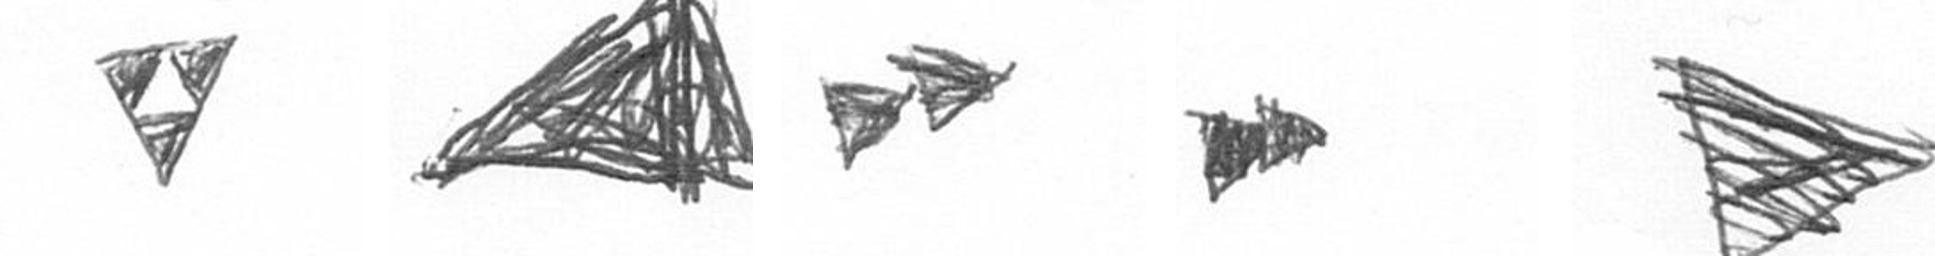
S O A A T